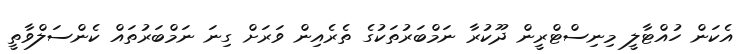
އެކަން ހުއްޓާލީ މިނިސްޓްރީން ދޫކުރާ ނަމްބަރުތަކުގެ ތެރެއިން ވަރަށް ގިނަ ނަމްބަރުތައް ކެންސަލްވާތީ